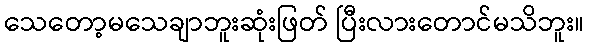
သေတော့မသေချာဘူးဆုံးဖြတ် ပြီးလားတောင်မသိဘူး။